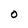
Character: O